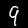
Label: 9